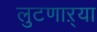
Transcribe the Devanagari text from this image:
लुटणाऱ्या